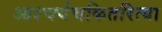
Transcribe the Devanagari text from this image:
आश्चर्यचकितरित्या